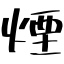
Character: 煙